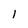
Character: 1